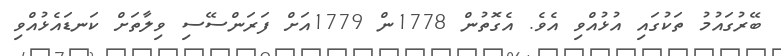
ބޭރުގައުމު ތަކުގައި އުޅުއްވި އެވެ. އެގޮތުން 1778ން 1779އަށް ފަރަންސޭސި ވިލާތަށް ކަނޑައެޅުއްވި